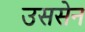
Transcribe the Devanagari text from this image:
उससेन